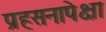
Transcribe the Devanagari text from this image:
प्रहसनापेक्षा